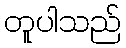
တူပါသည်